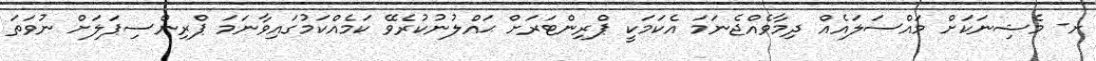
ށ- މެޝިނަކަށް މައްސަލައެއް ދިމާވެއްޖެނަމަ އެކަމަކީ ޕްރިންޓަރަށް ޙައްލުނުކުރެވޭ ކަމެއްކަމުގައިވާނަމަ ޕްރިންސިޕަލަށް ނުވަތަ